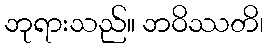
ဘုရားသည်။ ဘဝိဿတိ၊